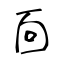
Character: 靣